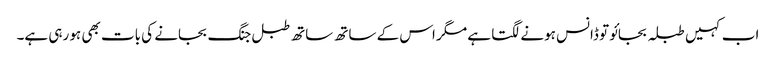
اب کہیں طبلہ بجائو تو ڈانس ہونے لگتا ہے مگر اس کے ساتھ ساتھ طبل جنگ بجانے کی بات بھی ہو رہی ہے۔